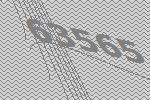
63565